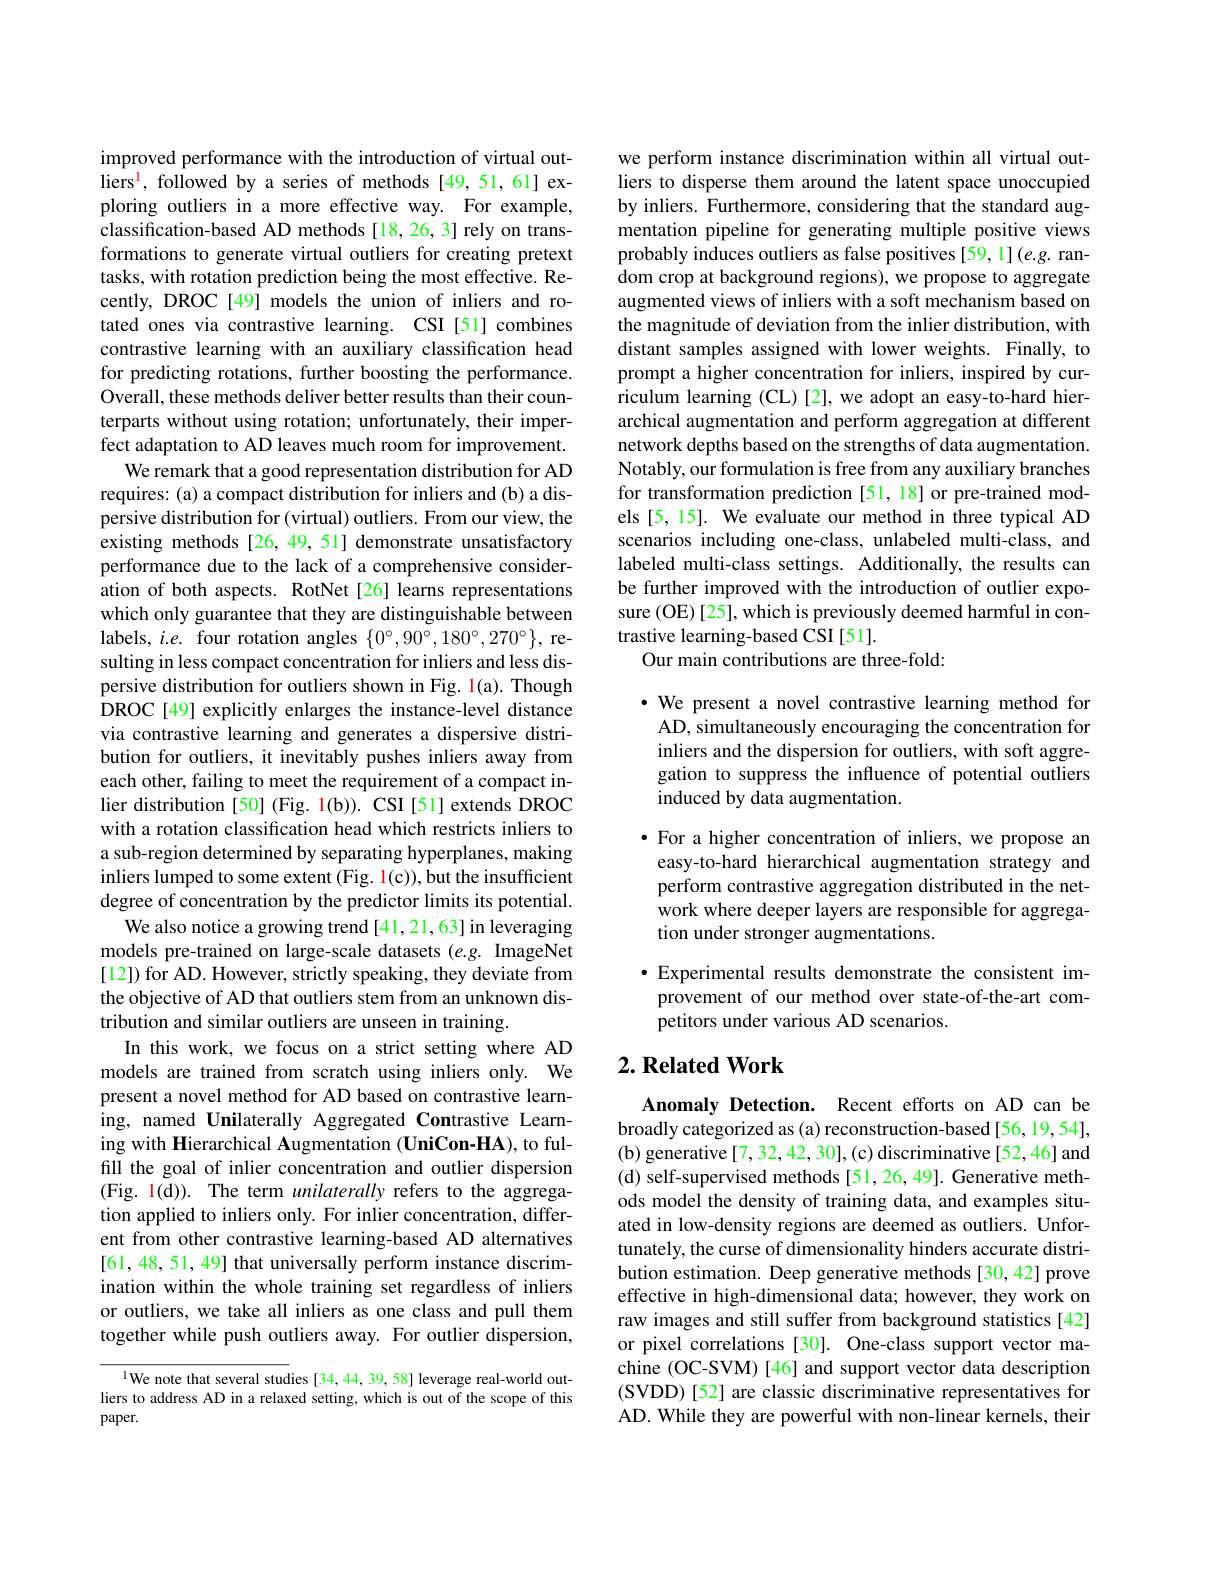
improved performance with the introduction of virtual out- $\hat{\text{liers}^{1}},\hat{\text{followed by a series of methods[49,51,61] ex-}}$ ploring outliers in a more effective way. For example, classification-based AD methods [18, 26, 3] rely on transformations to generate virtual outliers for creating pretext tasks, with rotation prediction being the most effective. Recently, DROC[49] models the union of inliers and rotated ones via contrastive learning. CSI [51] combines contrastive learning with an auxiliary classification head for predicting rotations, further boosting the performance. Overall, these methods deliver better results than their counterparts without using rotation; unfortunately, their imperfect adaptation to AD leaves much room for improvement.
We remark that a good representation distribution for AD requires: (a) a compact distribution for inliers and (b) a dispersive distribution for (virtual) outliers. From our view, the existing methods [26, 49, 51] demonstrate unsatisfactory performance due to the lack of a comprehensive consideration of both aspects. RotNet[26] learns representations which only guarantee that they are distinguishable between labels, $i.e.$ four rotation angles $\{0^\circ,90^\circ,180^\circ,270^\circ\}$, resulting in less compact concentration for inliers and less dispersive distribution for outliers shown in Fig. 1(a). Though DROC[49] explicitly enlarges the instance-level distance via contrastive learning and generates a dispersive distribution for outliers, it inevitably pushes inliers away from each other, failing to meet the requirement of a compact inlier distribution [50] (Fig. 1(b)). CSI [51] extends DROC with a rotation classification head which restricts inliers to a sub-region determined by separating hyperplanes, making inliers lumped to some extent (Fig. 1(c)), but the insufficient degree of concentration by the predictor limits its potential.
We also notice a growing trend [41,21,63] in leveraging models pre-trained on large-scale datasets (e.g. ImageNet [12]) for AD. However, strictly speaking, they deviate from the objective of AD that outliers stem from an unknown distribution and similar outliers are unseen in training.
In this work, we focus on a strict setting where AD models are trained from scratch using inliers only.We present a novel method for AD based on contrastive learning, named Unilaterally Aggregated Contrastive Learning with Hierarchical Augmentation (UniCon-HA), to fulfill the goal of inlier concentration and outlier dispersion (Fig. 1(d)). The term unilaterally refers to the aggregation applied to inliers only. For inlier concentration, different from other contrastive learning-based AD alternatives [61,48,51,49] that universally perform instance discrimination within the whole training set regardless of inliers or outliers, we take all inliers as one class and pull them together while push outliers away. For outlier dispersion,

lWe note that several studies [34,44,39,58] leverage real-world outliers to address AD in a relaxed setting, which is out of the scope of this $paper.$

we perform instance discrimination within all virtual outliers to disperse them around the latent space unoccupied by inliers. $\hat{\text{Furthermore,considering that the standard aug-}}$ mentation pipeline for generating multiple positive views probably induces outliers as false positives [59,1](e.g. random crop at background regions), we propose to aggregate augmented views of inliers with a soft mechanism based on the magnitude of deviation from the inlier distribution, with distant samples assigned with lower weights. Finally, to prompt a higher concentration for inliers, inspired by curriculum learning (CL)[2],we adopt an easy-to-hard hierarchical augmentation and perform aggregation at different network depths based on the strengths of data augmentation. Notably, our formulation is free from any auxiliary branches for transformation prediction [51,18] or pre-trained models [5, 15]. We evaluate our method in three typical AD scenarios including one-class, unlabeled multi-class, and labeled multi-class settings. Additionally, the results can be further improved with the introduction of outlier exposure (OE)[25], which is previously deemed harmful in contrastive learning-based CSI [51].
Our main contributions are three-fold:

$\cdot$ We present a novel contrastive learning method for AD, simultaneously encouraging the concentration for inliers and the dispersion for outliers, with soft aggregation to suppress the influence of potential outliers induced by data augmentation.

$\bullet$ For a higher concentration of inliers, we propose an easy-to-hard hierarchical augmentation strategy and perform contrastive aggregation distributed in the network where deeper layers are responsible for aggregation under stronger augmentations.

$\bullet$ Experimental results demonstrate the consistent improvement of our method over state-of-the-art competitors under various AD scenarios.

## $2. \textbf{ Related Work}$

Anomaly Detection. Recent efforts on AD can be broadly categorized as (a) reconstruction-based [56, 19, 54], (b) generative [7, 32, 42, 30], (c) discriminative [52, 46] and (d) self-supervised methods [51, 26, 49]. Generative methods model the density of training data, and examples situated in low-density regions are deemed as outliers. Unfortunately, the curse of dimensionality hinders accurate distribution estimation. Deep generative methods[30,42] prove effective in high-dimensional data; however, they work on raw images and still suffer from background statistics [42] or pixel correlations [30]. One-class support vector machine (OC-SVM) [46] and support vector data description (SVDD) [52] are classic discriminative representatives for AD. While they are powerful with non-linear kernels, their